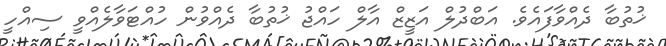
ޚުތުބާ ދެއްވާފައެވެ. އަބްދުލް އަޒީޒް އާލް ހައްޖު ޚުތުބާ ދެއްވުން ހުއްޓަވާލެއްވީ ސިއްހީ